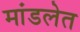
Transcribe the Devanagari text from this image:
मांडलेत